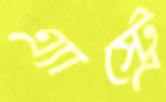
এ্যাস্ট্রে